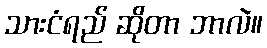
သားငံရည် ဆိုတာ ဘာလဲ။